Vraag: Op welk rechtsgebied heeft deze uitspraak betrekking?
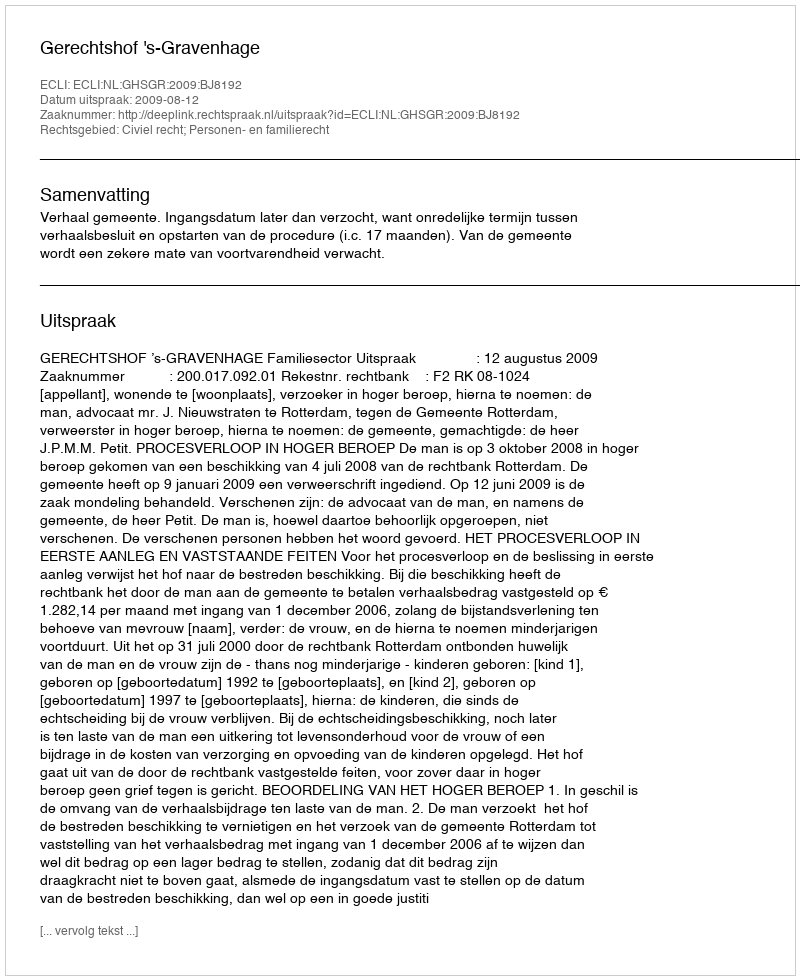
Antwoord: Civiel recht; Personen- en familierecht